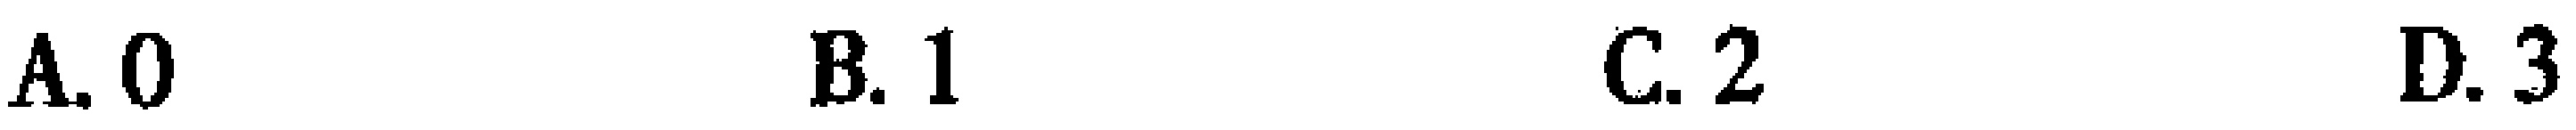
A. 0  B. 1  C. 2  D. 3